Annual report of the Bengal Veterinary College and of the Civil Veterinary Department, Bengal, for the year 1917-18 - 1917-1918
Year: 1917
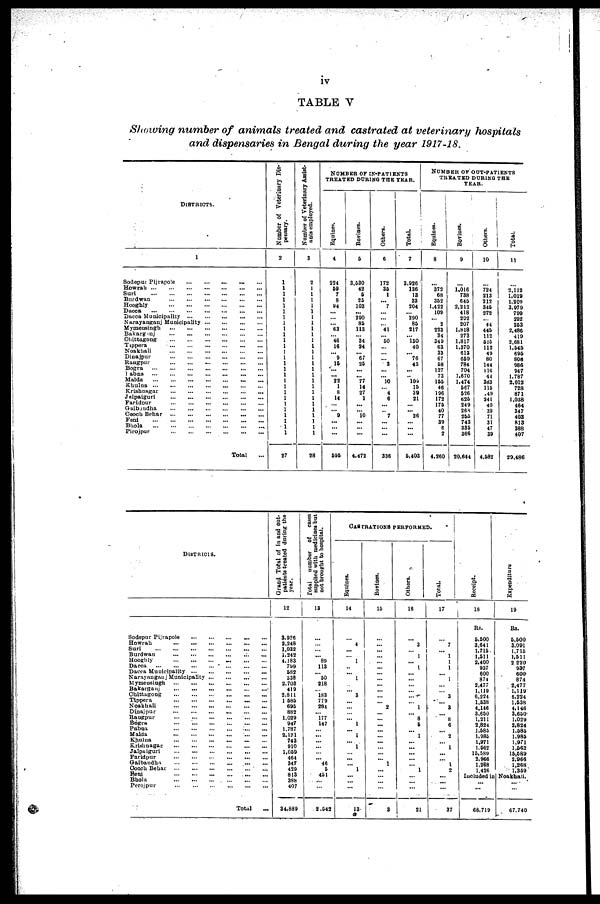
iv
TABLE
V
Showing
number of
animals treated
and
castrated
at veterinary
hospitals
and
dispensaries
in Bengal
during the
year
1917-18.
DISTRICT.
1
Sodepur Pijrapole ... ... ... ... ...
Howrah
...
...
...
...
...
...
...
Suri
...
...
...
...
...
...
...
Burdwan
...
...
...
...
...
...
Hooghly
...
...
...
...
...
...
Dacca
...
...
...
...
...
...
Dacca Municipality
...
...
...
...
...
Narayanganj Municipality ... ... ... ... ...
Mymeusingh ... ... ... ... ... ... ...
Bakarganj
...
...
...
...
...
...
Chittagong ... ... ... ... ... ... ...
Tippera
...
...
...
...
...
...
Noakhali ... ... ... ... ... ...
Dinajpur
...
...
...
...
...
...
Rangpur ... ... ... ... ... ...
Bogra
...
...
...
...
...
...
...
...
Pabns ... ... ... ... ... ... ... ...
Malda
...
...
...
...
...
...
Khulua
...
...
...
...
...
...
...
Krishuagar
...
...
...
...
...
...
Jalpaiguri
...
...
...
...
...
...
Faridpur
...
...
...
...
...
...
Gaibaudha
...
...
...
...
...
...
Cooch Behar ... ... ... ... ... ...
Feni ... ... ... ... ... ... ...
Bhola
...
...
...
...
...
...
...
Pirojpur
...
...
...
...
...
...
Total ...
Number of Veterinary Dis-
pensary.
2
1
1
1
1
1
1
1
1
1
1
1
1
1
1
1
1
1
1
1
1
1
1
1
1
1
1
1
27
Number of Veterinary Assist-
ants employed.
3
2
1
1
1
1
1
1
1
1
1
1
1
1
1
1
1
1
1
1
1
1
1
1
1
1
1
1
28
NUMBER OF IN-PATIENTS
TREATED DURING THE YEAR.
Equines.
4
224
59
7
8
94
...
...
...
63
...
46
16
...
9
15
...
...
22
1
8
14
...
...
9
...
...
...
595
Bovines.
6
3,530
42
6
25
103
...
290
86
113
...
34
24
...
67
26
...
...
77
14
27
1
...
...
10
...
...
...
4,472
Others.
6
172
36
1
...
7
...
...
...
41
...
50
...
...
...
3
...
...
10
...
4
6
...
...
7
...
...
...
336
Total.
7
3,926
136
13
33
204
...
290
86
217
...
130
40
...
76
43
...
...
109
15
39
21
...
...
26
...
...
...
5,403
NUMBER OF OUT-PATIENTS
TREATED DURING THE
YEAR.
Equines.
8
...
372
68
352
1,422
109
...
2
223
34
349
63
33
67
58
127
73
166
46
196
172
176
40
77
39
6
2
4,260
Bovines.
9
...
1,016
738
646
2,212
418
292
207
1,818
273
1,817
1,370
613
660
781
704
1,670
1,474
567
626
625
249
268
256
743
336
366
20,644
Others.
10
...
724
213
212
345
272
...
44
446
112
610
112
49
80
144
116
44
383
115
.49
241
40
39
71
31
47
39
4,582
Total.
11
...
2,112
1,019
1,209
3,979
799
292
263
2,486
419
2,681
1,545
696
806
986
947
1,787
2,012
728
871
1,038
464
347
403
813
388
407
29,486
DISTRICTS.
Sodepur
Pijrapole
...
...
...
...
...
Howrah
...
...
...
...
...
...
Suri
...
...
...
...
...
...
...
Burdwan
...
...
...
...
...
...
Hooghly ... ... ... ... ... ...
Dacca
...
...
...
...
...
...
Dacca Municipality
...
...
...
...
Narayanganj Municipality
...
...
...
...
Mymeusingh
...
...
...
...
...
...
Bakarganj
...
...
...
...
...
...
Chittagong
...
...
...
...
...
...
Tippera
...
...
...
...
...
...
Noakhali
...
...
...
...
...
...
Dinajpur
...
...
...
...
...
...
Rangpur
...
...
...
...
...
...
Bogra
...
...
...
...
...
...
Pabna
...
...
...
...
...
...
Malda
...
...
...
...
...
...
Khulna ... ... ... ... ... ...
Krishnagar
...
...
...
...
...
...
Jalpaiguri
...
...
...
...
...
...
Faridpur
...
...
...
...
...
...
Gaibandha
...
...
...
...
...
...
Cooch
Behar
...
...
...
...
...
...
Feni
...
...
...
...
...
...
Bhola
...
...
...
...
...
...
Perojpur
...
...
...
...
...
...
Total
...
Grand Total of in and out-
patients treated during the
year.
12
3,926
2,248
1,032
1,242
4,183
7*J9
582
338
2,703
419
2.811
1 686
695
882
1,029
947
1.787
2,121
743
910
1,060
464
347
429
813
388
407
34,889
Total
number of
cases
supplied with medicines but
not brought to hospital.
13
...
...
...
...
89
113
...
60
218
...
183
779
281
...
177
147
...
...
...
...
...
...
46
5
431
...
...
2,542
CASTRATIONS PERFORMED.
Equines.
14
...
4
...
...
1
..
...
1
.
...
3
...
...
...
...
1
...
1
...
1
...
...
...
1
...
...
...
13
Bovines.
15
...
...
...
...
...
...
...
...
...
...
...
...
2
...
...
...
...
...
...
...
...
...
1
...
...
...
...
3
Others.
16
...
3
...
1
...
1
...
...
...
...
...
...
1
...
8
6
...
1
...
...
...
...
...
1
...
...
...
21
Total.
17
...
7
...
1
1
1
...
1
...
...
3
...
3
...
8
6
...
2
...
1
...
...
...
2
...
...
...
37
Receipt.
18
Rs.
6.600
3.641
1,715
1,611
2,400
937
600
871
2,477
1,119
6,224
1.638
4,146
3,650
1,211
2,824
1,583
1,986
1,971
1,562
15,580
2,966
1,268
1,426
Expenditure
19
Rs.
6,600
3,091
1,715
1,511
2 220
937
600
874
2,477
1,119
6,224
1,638
4,146
3,650
1,029
2,824
1.686
1,985
1,971
1,562
15,589
2,966
1,268
1,359
Included in Noakhali.
...
...
68,719
...
...
67,740